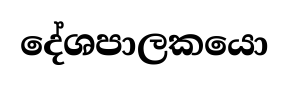
දේශපාලකයො